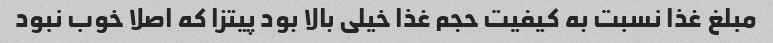
مبلغ غذا نسبت به کیفیت حجم غذا خیلی بالا بود پیتزا که اصلا خوب نبود